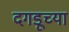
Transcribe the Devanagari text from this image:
दगडूच्या